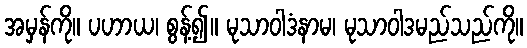
အမှန်ကို။ ပဟာယ၊ စွန့်၍။ မုသာဝါဒံနာမ၊ မုသာဝါဒမည်သည်ကို။